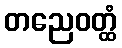
တညေဝတ္ထံ